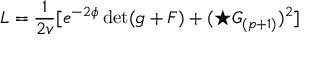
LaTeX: L = { \frac { 1 } { 2 v } } [ e ^ { - 2 \phi } \operatorname * { d e t } ( g + { \cal F } ) + ( \star G _ { ( p + 1 ) } ) ^ { 2 } ]